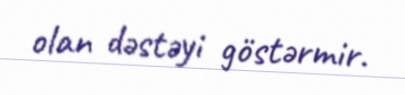
olan dəstəyi göstərmir.